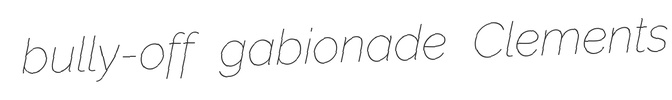
bully-off gabionade Clements